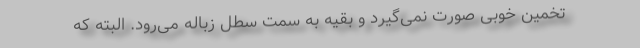
تخمین خوبی صورت نمی‌گیرد و بقیه به سمت سطل زباله می‌رود. البته که